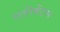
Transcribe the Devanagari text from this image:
एलीमेंटस